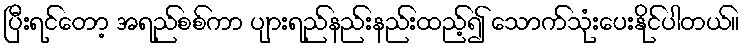
ပြီးရင်တော့ အရည်စစ်ကာ ပျားရည်နည်းနည်းထည့်၍ သောက်သုံးပေးနိုင်ပါတယ်။